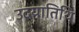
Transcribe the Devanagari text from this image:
उदयातिथि